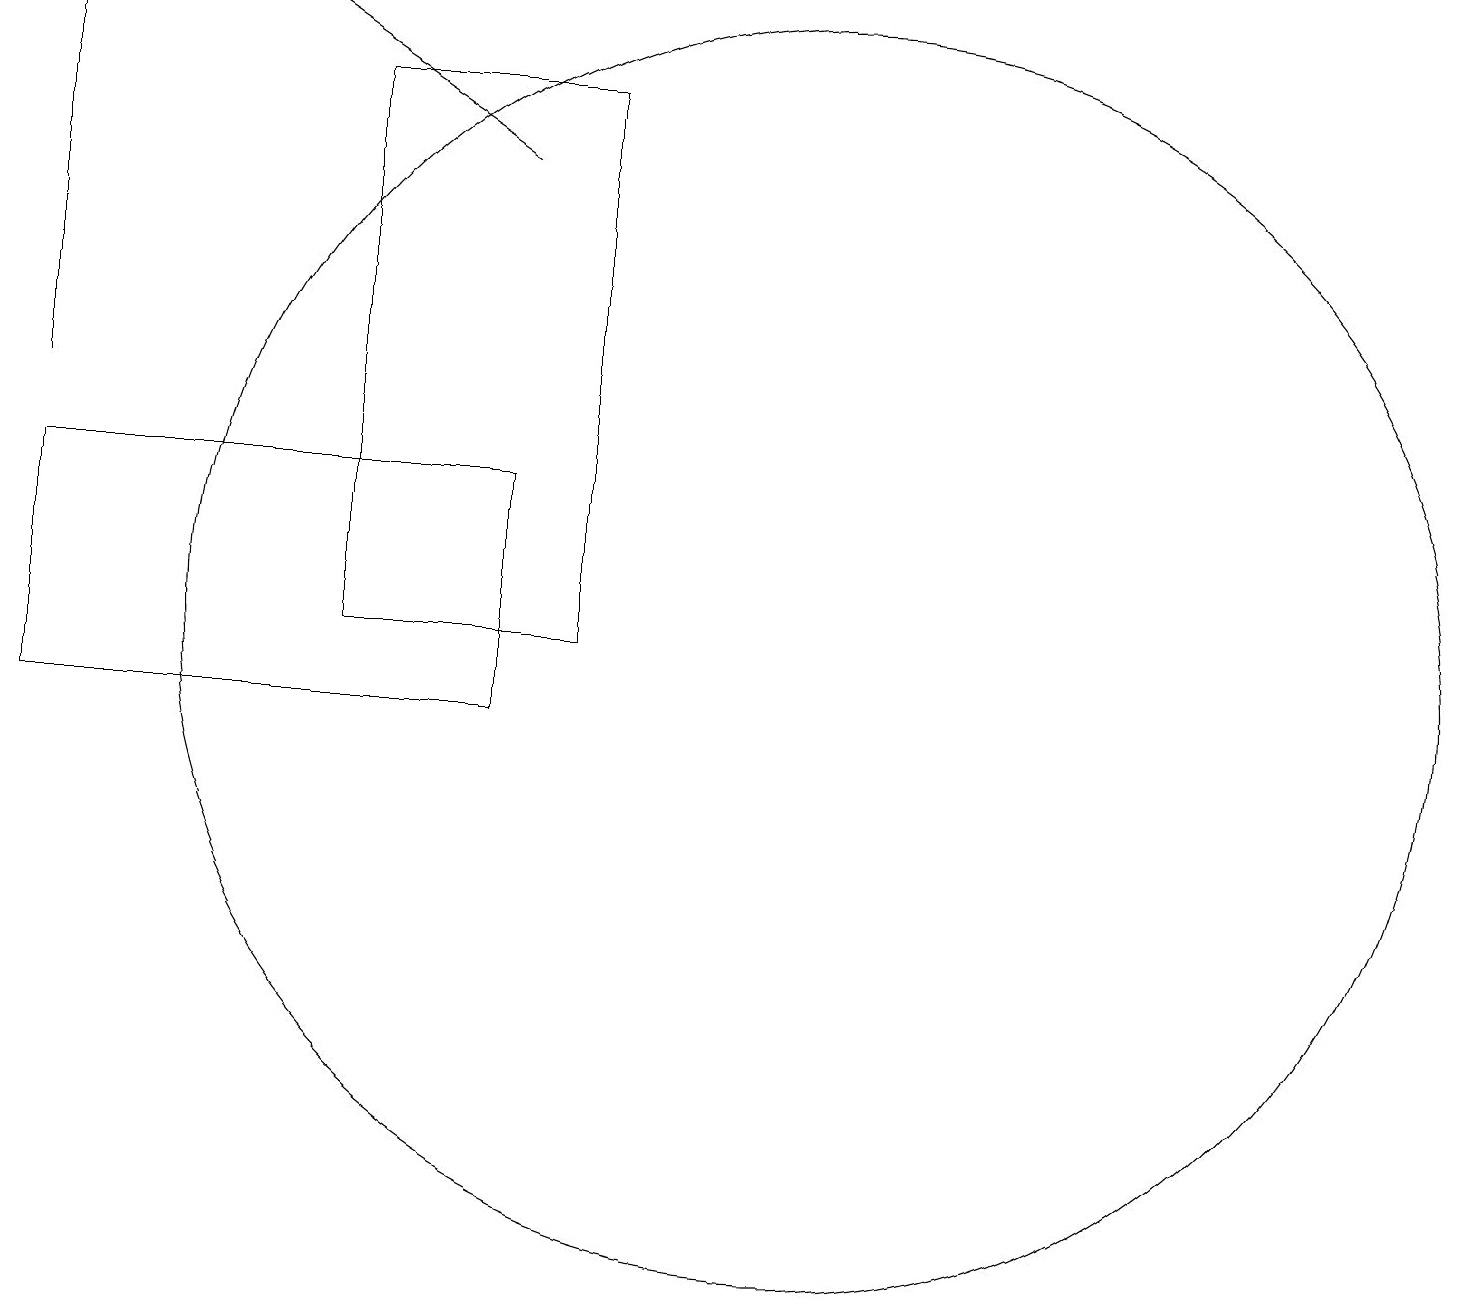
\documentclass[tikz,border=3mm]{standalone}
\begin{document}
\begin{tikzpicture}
\draw[->] (8,17) -- (5,19);
\draw (9,11) rectangle (6,18);
\draw (8,10) rectangle (2,13);
\draw (12,11) circle (8);
\draw (2,19) rectangle (2,14);
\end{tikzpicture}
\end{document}